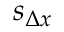
s _ { \Delta x }